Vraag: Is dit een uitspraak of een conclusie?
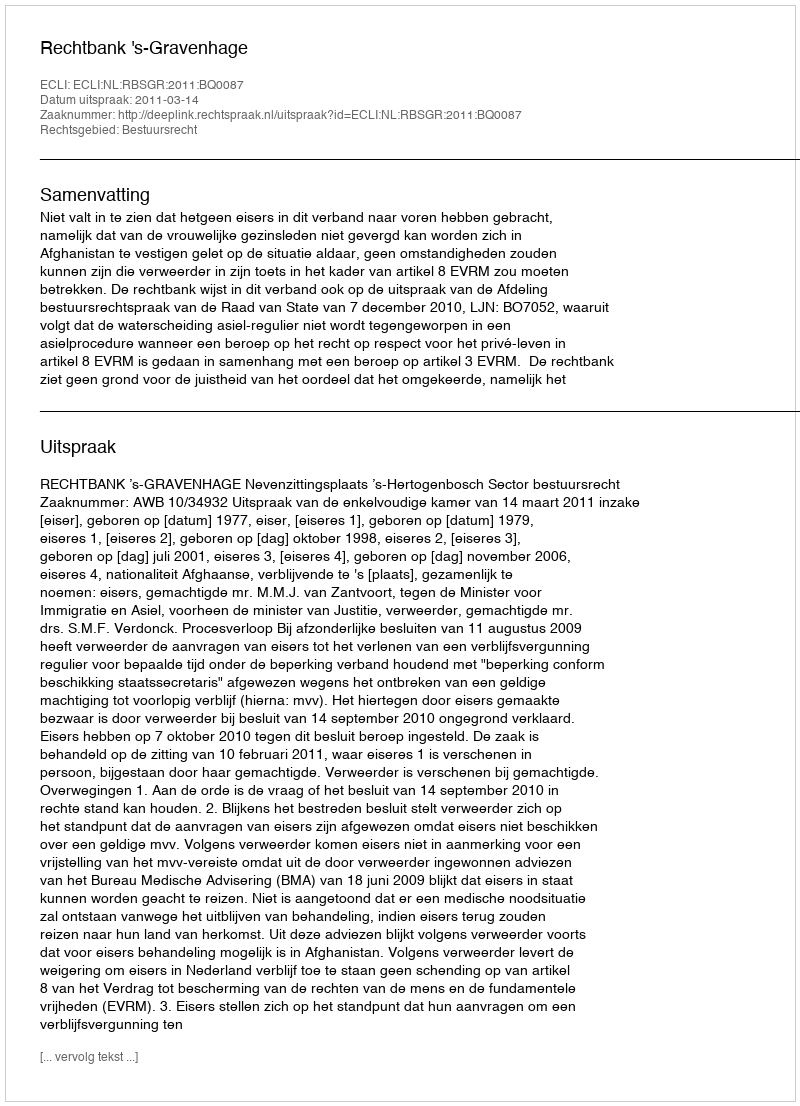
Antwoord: Uitspraak